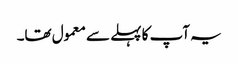
یہ آپ کا پہلے سے معمول تھا۔